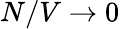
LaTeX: N/V\to 0